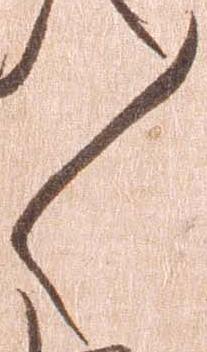
々